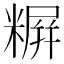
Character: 𬖪